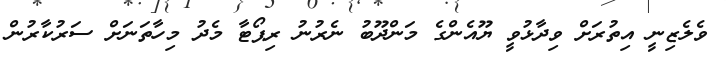
ވެލެޒިނީ އިތުރަށް ވިދާޅުވީ ޔޫއެންގެ މަންދޫބު ނެރުނު ރިޕޯޓާ މެދު މިހާތަނަށް ސަރުކާރުން